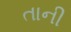
તાની